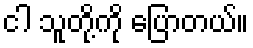
ငါ သူတို့ကို ပြောတယ်။